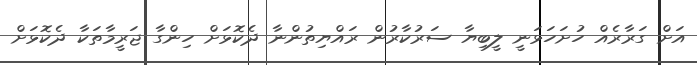
އަށް ގަރާރެއް ހުށަހަޅަނީ ލީބިޔާ ސަރުކާރުން ރައްޔިތުންނާ ދެކޮޅަށް ހިންގާ ޖަރީމާތަކާ ދެކޮޅަށް